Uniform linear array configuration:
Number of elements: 32
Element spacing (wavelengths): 1
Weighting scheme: hann
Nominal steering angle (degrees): -30
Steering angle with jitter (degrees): -29.137
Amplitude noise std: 0.05
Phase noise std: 0.05

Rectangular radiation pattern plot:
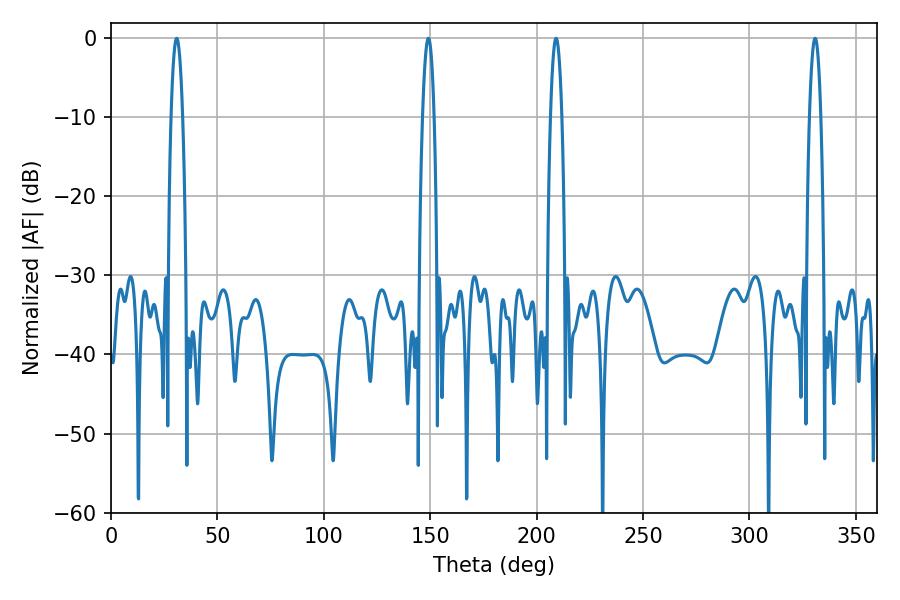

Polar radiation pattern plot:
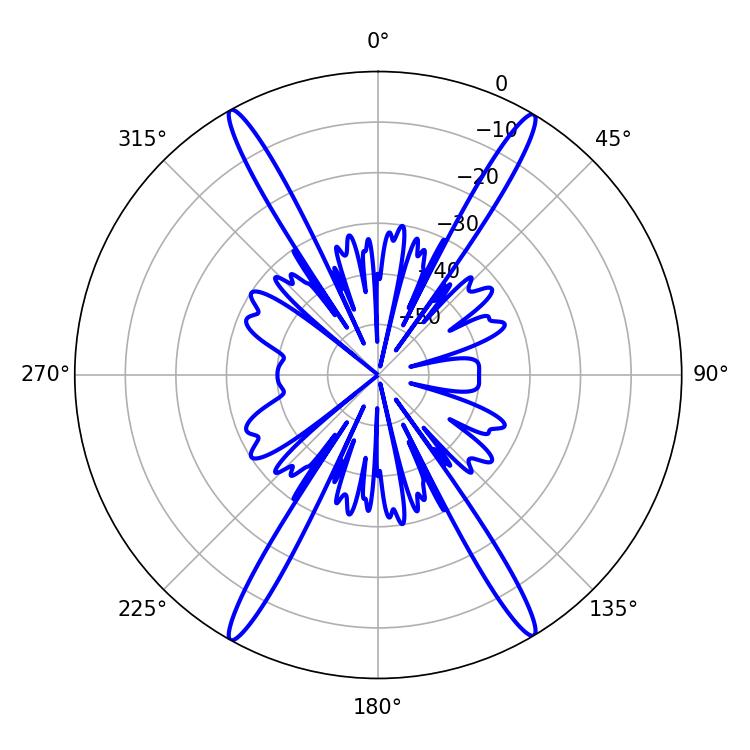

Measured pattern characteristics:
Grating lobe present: TRUE
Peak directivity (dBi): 27.223
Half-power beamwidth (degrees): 2.88
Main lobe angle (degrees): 209.16